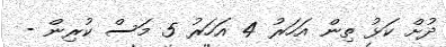
ދުށް ކަޅު ތިން އަހަރު 4 އަހަރު 5 މަސް ކުރިން -